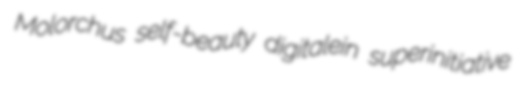
Molorchus self-beauty digitalein superinitiative